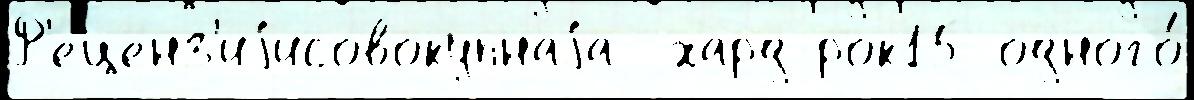
Р'еценз'иjисовокупнаjа  хард-рок15 одного́